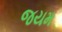
જયમ